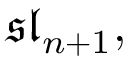
{ \mathfrak { s l } } _ { n + 1 } ,